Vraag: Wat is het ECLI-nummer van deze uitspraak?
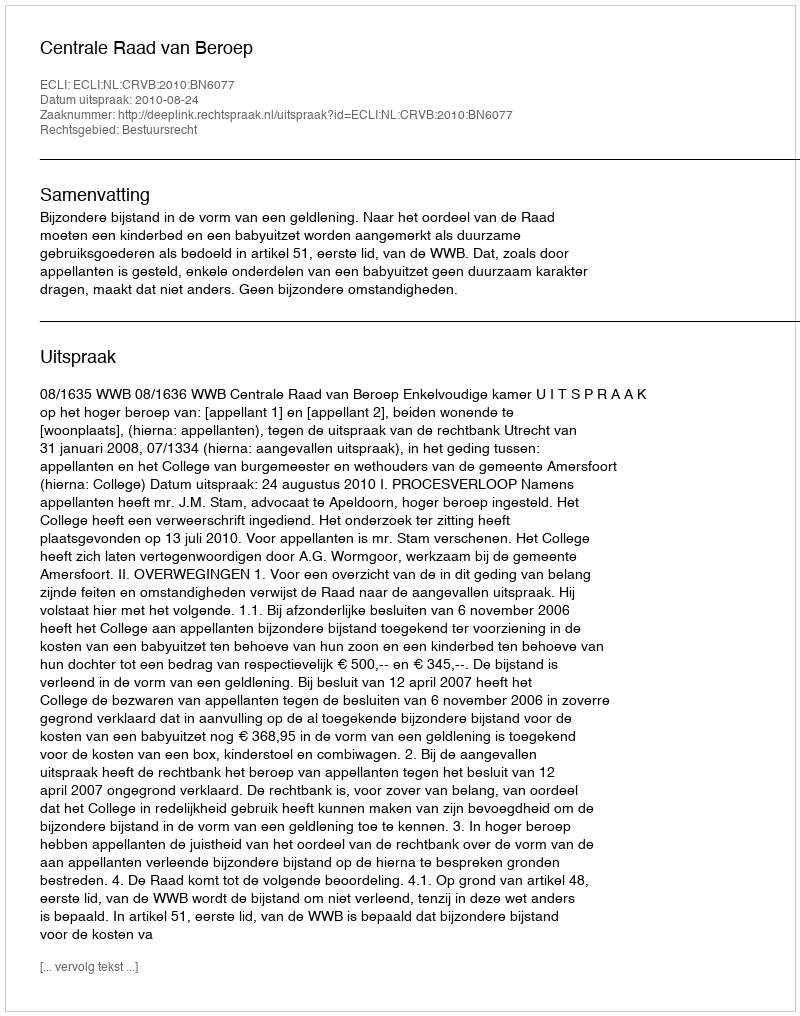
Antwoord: ECLI:NL:CRVB:2010:BN6077